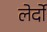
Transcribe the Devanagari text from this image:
लेर्दो